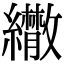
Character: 𦇕